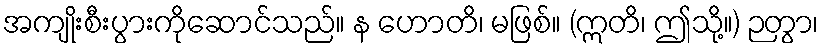
အကျိုးစီးပွားကိုဆောင်သည်။ န ဟောတိ၊ မဖြစ်။ (ဣတိ၊ ဤသို့။) ဉတွာ၊